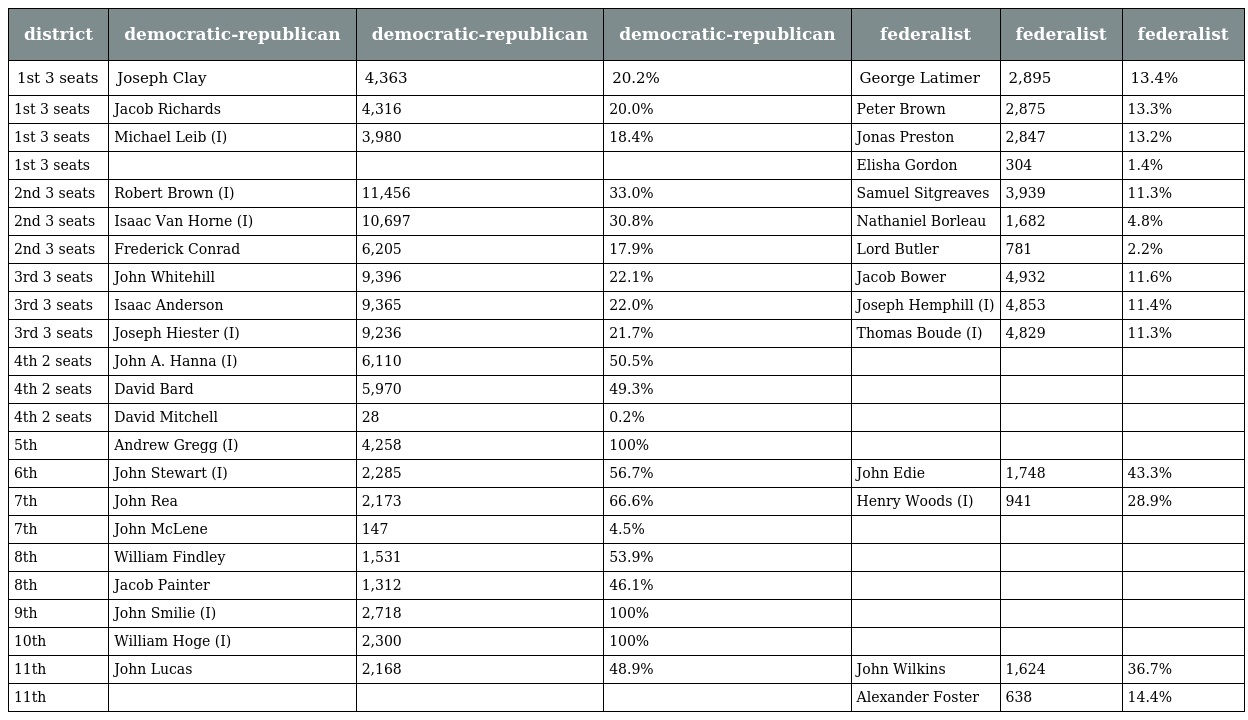
| district | democratic-republican | democratic-republican | democratic-republican | federalist | federalist | federalist |
 | --- | --- | --- | --- | --- | --- | --- |
 | 1st 3 seats | Joseph Clay | 4,363 | 20.2% | George Latimer | 2,895 | 13.4% |
 | 1st 3 seats | Jacob Richards | 4,316 | 20.0% | Peter Brown | 2,875 | 13.3% |
 | 1st 3 seats | Michael Leib (I) | 3,980 | 18.4% | Jonas Preston | 2,847 | 13.2% |
 | 1st 3 seats |  |  |  | Elisha Gordon | 304 | 1.4% |
 | 2nd 3 seats | Robert Brown (I) | 11,456 | 33.0% | Samuel Sitgreaves | 3,939 | 11.3% |
 | 2nd 3 seats | Isaac Van Horne (I) | 10,697 | 30.8% | Nathaniel Borleau | 1,682 | 4.8% |
 | 2nd 3 seats | Frederick Conrad | 6,205 | 17.9% | Lord Butler | 781 | 2.2% |
 | 3rd 3 seats | John Whitehill | 9,396 | 22.1% | Jacob Bower | 4,932 | 11.6% |
 | 3rd 3 seats | Isaac Anderson | 9,365 | 22.0% | Joseph Hemphill (I) | 4,853 | 11.4% |
 | 3rd 3 seats | Joseph Hiester (I) | 9,236 | 21.7% | Thomas Boude (I) | 4,829 | 11.3% |
 | 4th 2 seats | John A. Hanna (I) | 6,110 | 50.5% |  |  |  |
 | 4th 2 seats | David Bard | 5,970 | 49.3% |  |  |  |
 | 4th 2 seats | David Mitchell | 28 | 0.2% |  |  |  |
 | 5th | Andrew Gregg (I) | 4,258 | 100% |  |  |  |
 | 6th | John Stewart (I) | 2,285 | 56.7% | John Edie | 1,748 | 43.3% |
 | 7th | John Rea | 2,173 | 66.6% | Henry Woods (I) | 941 | 28.9% |
 | 7th | John McLene | 147 | 4.5% |  |  |  |
 | 8th | William Findley | 1,531 | 53.9% |  |  |  |
 | 8th | Jacob Painter | 1,312 | 46.1% |  |  |  |
 | 9th | John Smilie (I) | 2,718 | 100% |  |  |  |
 | 10th | William Hoge (I) | 2,300 | 100% |  |  |  |
 | 11th | John Lucas | 2,168 | 48.9% | John Wilkins | 1,624 | 36.7% |
 | 11th |  |  |  | Alexander Foster | 638 | 14.4% |